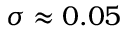
\sigma \approx 0 . 0 5